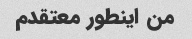
من اینطور معتقدم